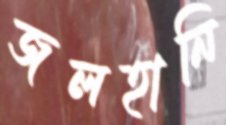
জলহানি